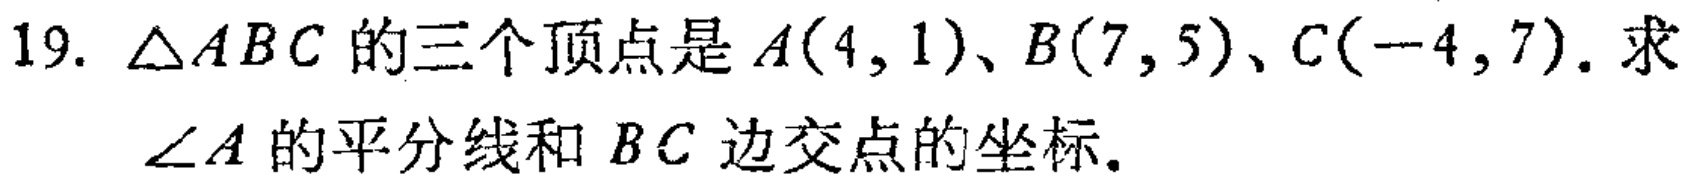
19. $\triangle ABC$ 的三个顶点是 $A(4,1)$、$B(7,5)$、$C(-4,7)$. 求
$\angle A$ 的平分线和 $BC$ 边交点的坐标.